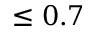
\le 0 . 7